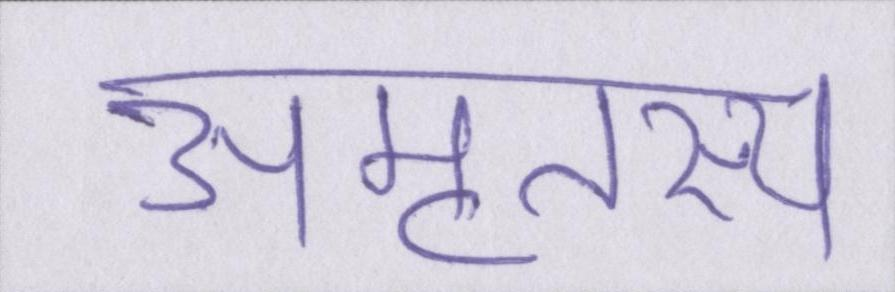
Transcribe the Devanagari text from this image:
अमृतस्य